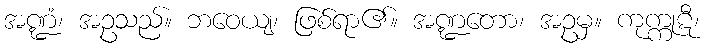
အဏ္ဍံ၊ အဥသည်။ ဘဝေယျ၊ ဖြစ်ရာ၏။ အဏ္ဍတော၊ အဥမှ။ ကုက္ကုဋီ၊